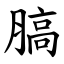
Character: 䐧